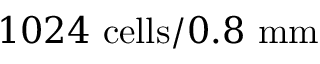
1 0 2 4 ~ { \mathrm { c e l l s } } / { 0 . 8 ~ \mathrm { m m } }